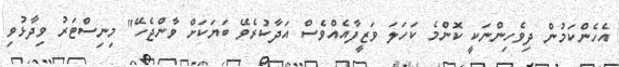
އެހެންކަމުން ދިވެހިންނަކީ ކޮންމެ ކަހަލަ ވަޒީފާއެއްވެސް އަދާކުރެވޭ ބަޔަކަށް ވާންޖެހޭ" މިނިސްޓަރު ވިދާޅުވި